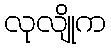
လုလျိုက